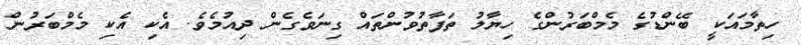
ހިތާމައަކީ ބޭންޑުގެ މެމްބަރުންގެ ހިޔާލު ތަފާތުވުންތައް ގިނަވެގެން ދިއުމެވެ. އެކި އެކި މެމްބަރުން